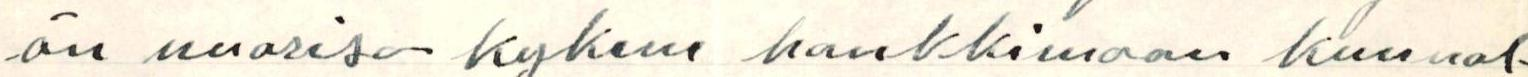
än nuoriso kykene hankkimaan kunnol-